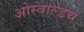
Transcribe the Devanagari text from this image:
ओस्वाल्डच